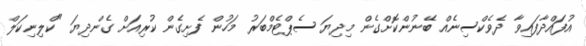
އުފައްދާފައިވާ ދެވެކްސިނެއް ބޭނުންކޮށްގެން މިދިޔަ ސެޕްޓެމްބަރު މަހުން ފެށިގެން ކުރިއަށް ގެންދިޔަ "ކްލިނިކަލް